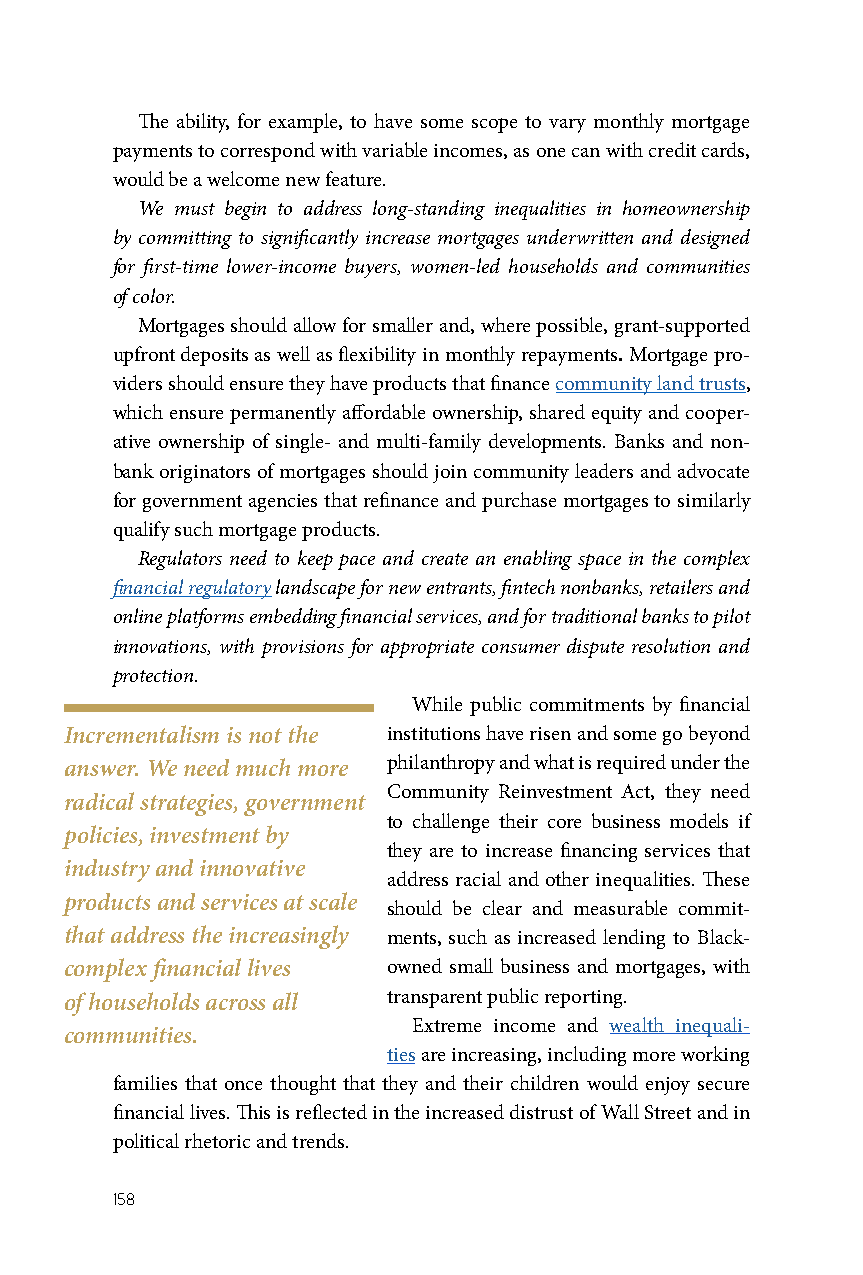
The ability, for example, to have some scope to vary monthly mortgage
 payments to correspond with variable incomes, as one can with credit cards,
 would be a welcome new feature.
 We must begin to address long-standing inequalities in homeownership
 by committing to significantly increase mortgages underwritten and designed
 for first-time lower-income buyers, women-led households and communities
 of color.
 Mortgages should allow for smaller and, where possible, grant-supported
 upfront deposits as well as flexibility in monthly repayments. Mortgage pro-
 viders should ensure they have products that finance community land trusts,
 which ensure permanently affordable ownership, shared equity and cooper-
 ative ownership of single- and multi-family developments. Banks and non-
 bank originators of mortgages should join community leaders and advocate
 for government agencies that refinance and purchase mortgages to similarly
 qualify such mortgage products.
 Regulators need to keep pace and create an enabling space in the complex
 financial regulatory landscape for new entrants, fintech nonbanks, retailers and
 online platforms embedding financial services, and for traditional banks to pilot
 innovations, with provisions for appropriate consumer dispute resolution and
 protection.
 While public commitments by financial
 Incrementalism is not the institutions have risen and some go beyond
 answer. We need much more philanthropy and what is required under the
 Community Reinvestment Act, they need
 radical strategies, government
 to challenge their core business models if
 policies, investment by
 they are to increase financing services that
 industry and innovative
 address racial and other inequalities. These
 products and services at scale
 should be clear and measurable commit-
 that address the increasingly ments, such as increased lending to Black-
 complex financial lives owned small business and mortgages, with
 of households across all transparent public reporting.
 Extreme income and wealth inequali-
 communities.
 ties are increasing, including more working
 families that once thought that they and their children would enjoy secure
 financial lives. This is reflected in the increased distrust of Wall Street and in
 political rhetoric and trends.
 158